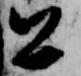
公